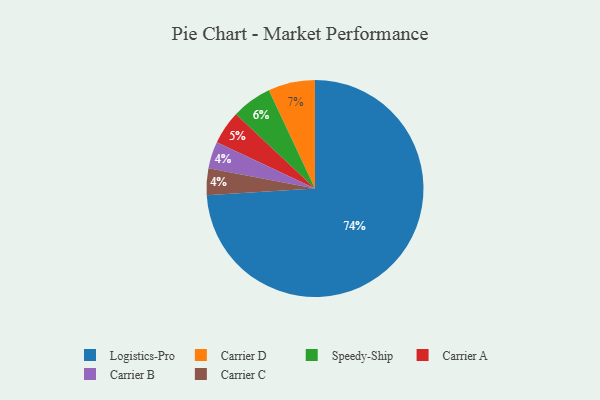
{"axis": {"x": "Category", "y": "Percentage"}, "legend": ["Carrier A", "Carrier B", "Carrier C", "Carrier D", "Logistics-Pro", "Speedy-Ship"], "data": [{"x": "Carrier B", "y": 4, "type": "Carrier B"}, {"x": "Speedy-Ship", "y": 6, "type": "Speedy-Ship"}, {"x": "Logistics-Pro", "y": 74, "type": "Logistics-Pro"}, {"x": "Carrier D", "y": 7, "type": "Carrier D"}, {"x": "Carrier C", "y": 4, "type": "Carrier C"}, {"x": "Carrier A", "y": 5, "type": "Carrier A"}]}